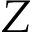
Z